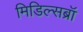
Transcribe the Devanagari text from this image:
मिडिल्सब्रॉ